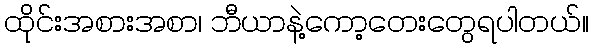
ထိုင်းအစားအစာ၊ ဘီယာနဲ့ကော့တေးတွေရပါတယ်။